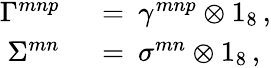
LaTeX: \begin{array}{rl}{{\Gamma^{mnp}\: }}&{{}{{}=\: \gamma^{mnp}\otimes 1_{8}\, ,}}\\ {{\Sigma^{mn}\: }}&{{}{{}=\: \sigma^{mn}\otimes 1_{8}\, ,}}\end{array}